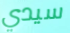
سيدي